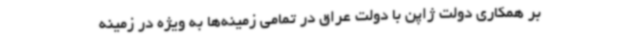
بر همکاری دولت ژاپن با دولت عراق در تمامی زمینه‌ها به ویژه در زمینه